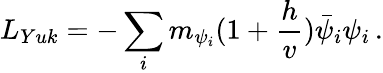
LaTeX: L_{Yuk}=-\sum_{i}m_{\psi_{i}}(1+\frac{h}{v})\bar{\psi}_{i}\psi_{i}\, .